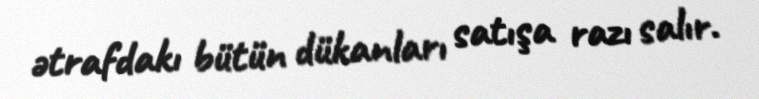
ətrafdakı bütün dükanları satışa razı salır.